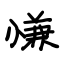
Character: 慊